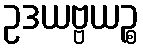
ဥဒယဗ္ဗယဉ္စ